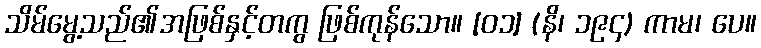
သိမ်မွေ့သည်၏အဖြစ်နှင့်တကွ ဖြစ်ကုန်သော။ [၀၁] (နိ၊ ၁၉၄) ကာမ၊ ပေ။